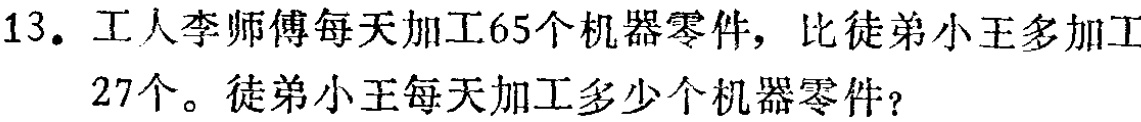
13. 工人李师傅每天加工65个机器零件，比徒弟小王多加工27个。徒弟小王每天加工多少个机器零件？